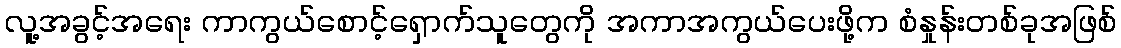
လူ့အခွင့်အရေး ကာကွယ်စောင့်ရှောက်သူတွေကို အကာအကွယ်ပေးဖို့က စံနှုန်းတစ်ခုအဖြစ်